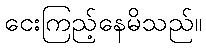
ငေးကြည့်နေမိသည်။